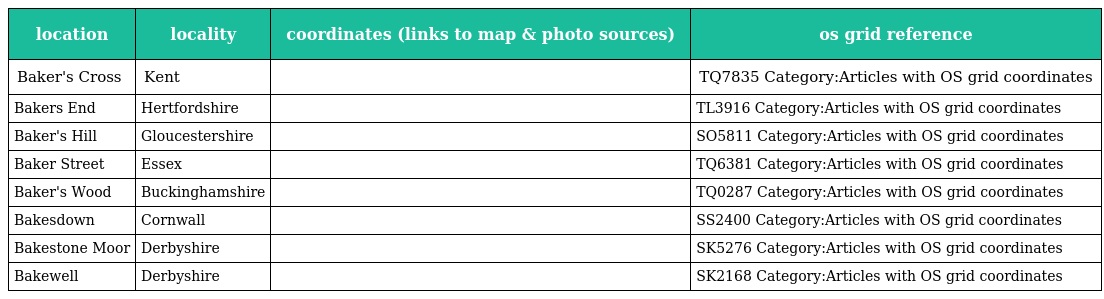
| location | locality | coordinates (links to map & photo sources) | os grid reference |
 | --- | --- | --- | --- |
 | Baker's Cross | Kent |  | TQ7835 Category:Articles with OS grid coordinates |
 | Bakers End | Hertfordshire |  | TL3916 Category:Articles with OS grid coordinates |
 | Baker's Hill | Gloucestershire |  | SO5811 Category:Articles with OS grid coordinates |
 | Baker Street | Essex |  | TQ6381 Category:Articles with OS grid coordinates |
 | Baker's Wood | Buckinghamshire |  | TQ0287 Category:Articles with OS grid coordinates |
 | Bakesdown | Cornwall |  | SS2400 Category:Articles with OS grid coordinates |
 | Bakestone Moor | Derbyshire |  | SK5276 Category:Articles with OS grid coordinates |
 | Bakewell | Derbyshire |  | SK2168 Category:Articles with OS grid coordinates |